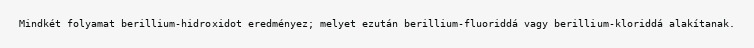
Mindkét folyamat berillium-hidroxidot eredményez; melyet ezután berillium-fluoriddá vagy berillium-kloriddá alakítanak.